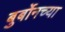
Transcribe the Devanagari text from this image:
बुर्बोनच्या